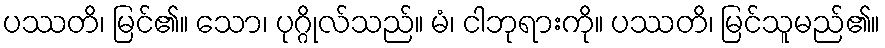
ပဿတိ၊ မြင်၏။ သော၊ ပုဂ္ဂိုလ်သည်။ မံ၊ ငါဘုရားကို။ ပဿတိ၊ မြင်သူမည်၏။